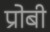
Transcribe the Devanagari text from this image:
प्रोबी